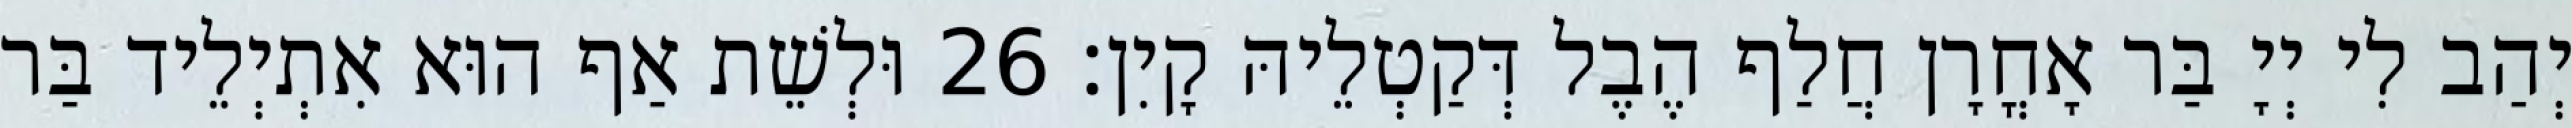
יְהַב לִי יְיָ בַּר אָחֳרָן חֲלַף הֶבֶל דְּקַטְלֵיהּ קָיִן׃ 26 וּלְשֵׁת אַף הוּא אִתְיְלֵיד בַּר